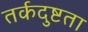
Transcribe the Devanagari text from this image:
तर्कदुष्टता